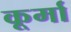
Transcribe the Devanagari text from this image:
कूर्मा